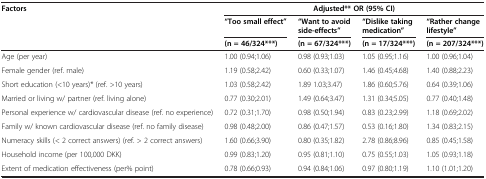
| Factors | <COLSPAN=4> Adjusted** OR (95% CI) |
 |  | “Too small effect” | “Want to avoid side-effects” | “Dislike taking medication” | “Rather change lifestyle” |
 |  | (n = 46/324***) | (n = 67/324***) | (n = 17/324***) | (n = 207/324***) |
 | --- | --- | --- | --- | --- |
 | Age (per year) | 1.00 (0.94;1.06) | 0.98 (0.93;1.03) | 1.05 (0.95;1.16) | 1.00 (0.96;1.04) |
 | Female gender (ref. male) | 1.19 (0.58;2.42) | 0.60 (0.33;1.07) | 1.46 (0.45;4.68) | 1.40 (0.88;2.23) |
 | Short education (<10 years)* (ref. >10 years) | 1.03 (0.58;2.42) | 1.89 1.03;3.47) | 1.86 (0.60;5.76) | 0.64 (0.39;1.06) |
 | Married or living w/ partner (ref. living alone) | 0.77 (0.30;2.01) | 1.49 (0.64;3.47) | 1.31 (0.34;5.05) | 0.77 (0.40;1.48) |
 | Personal experience w/ cardiovascular disease (ref. no experience) | 0.72 (0.31;1.70) | 0.98 (0.50;1.94) | 0.83 (0.23;2.99) | 1.18 (0.69;2.02) |
 | Family w/ known cardiovascular disease (ref. no family disease) | 0.98 (0.48;2.00) | 0.86 (0.47;1.57) | 0.53 (0.16;1.80) | 1.34 (0.83;2.15) |
 | Numeracy skills (< 2 correct answers) (ref. > 2 correct answers) | 1.60 (0.66;3.90) | 0.80 (0.35;1.82) | 2.78 (0.86;8.96) | 0.85 (0.45;1.58) |
 | Household income (per 100,000 DKK) | 0.99 (0.83;1.20) | 0.95 (0.81;1.10) | 0.75 (0.55;1.03) | 1.05 (0.93;1.18) |
 | Extent of medication effectiveness (per% point) | 0.78 (0.66;0.93) | 0.94 (0.84;1.06) | 0.97 (0.80;1.19) | 1.10 (1.01;1.20) |